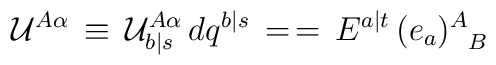
{\cal U}^{A \alpha} \, \equiv \, {\cal U}^{A \alpha}_{b \vert s} \,dq^{b \vert s} \, = \,    = \, E^{a \vert t} \,( e_a )^{A}_{\phantom{A}B}